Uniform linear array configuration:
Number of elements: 32
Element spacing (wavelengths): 1
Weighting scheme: uniform
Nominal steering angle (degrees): -15
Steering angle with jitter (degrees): -15.775
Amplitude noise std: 0.05
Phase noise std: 0.05

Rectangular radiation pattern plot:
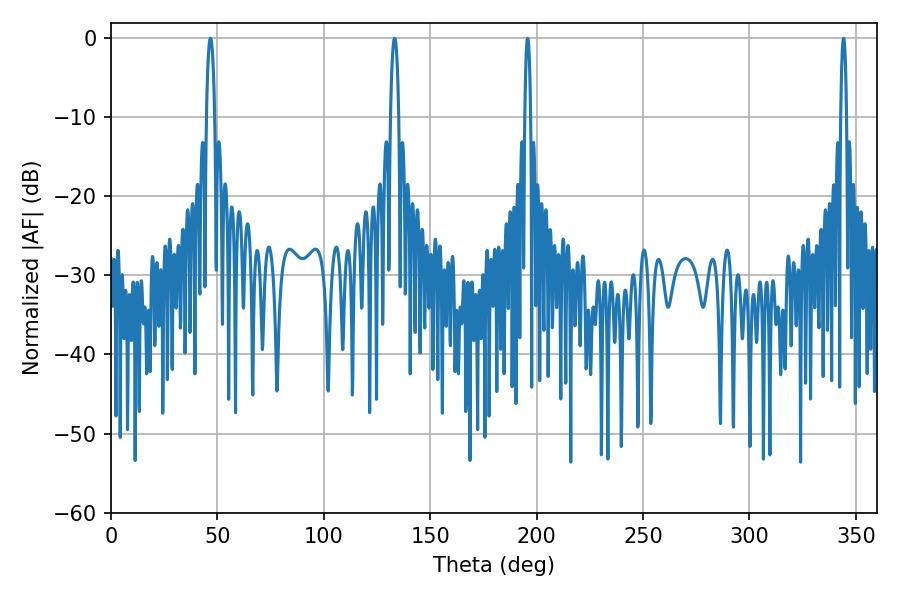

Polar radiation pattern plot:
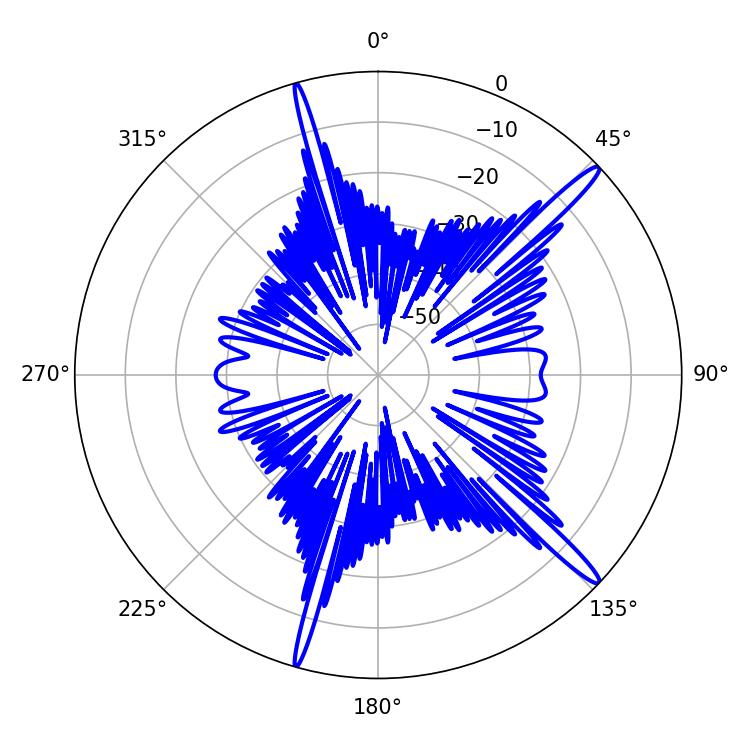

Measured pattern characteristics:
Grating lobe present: TRUE
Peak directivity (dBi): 16.143
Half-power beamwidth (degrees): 2.16
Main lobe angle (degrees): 133.2